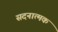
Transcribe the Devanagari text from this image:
सदनात्मक